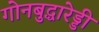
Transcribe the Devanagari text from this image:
गोनबुद्धारेड्डी